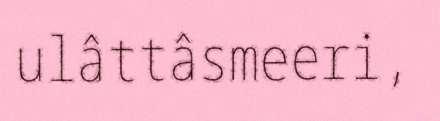
ulâttâsmeeri,